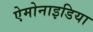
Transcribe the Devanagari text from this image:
ऐमोनाइडिया